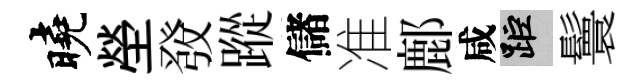
曉塋𤼲蹤儲准鄜咸距鬟